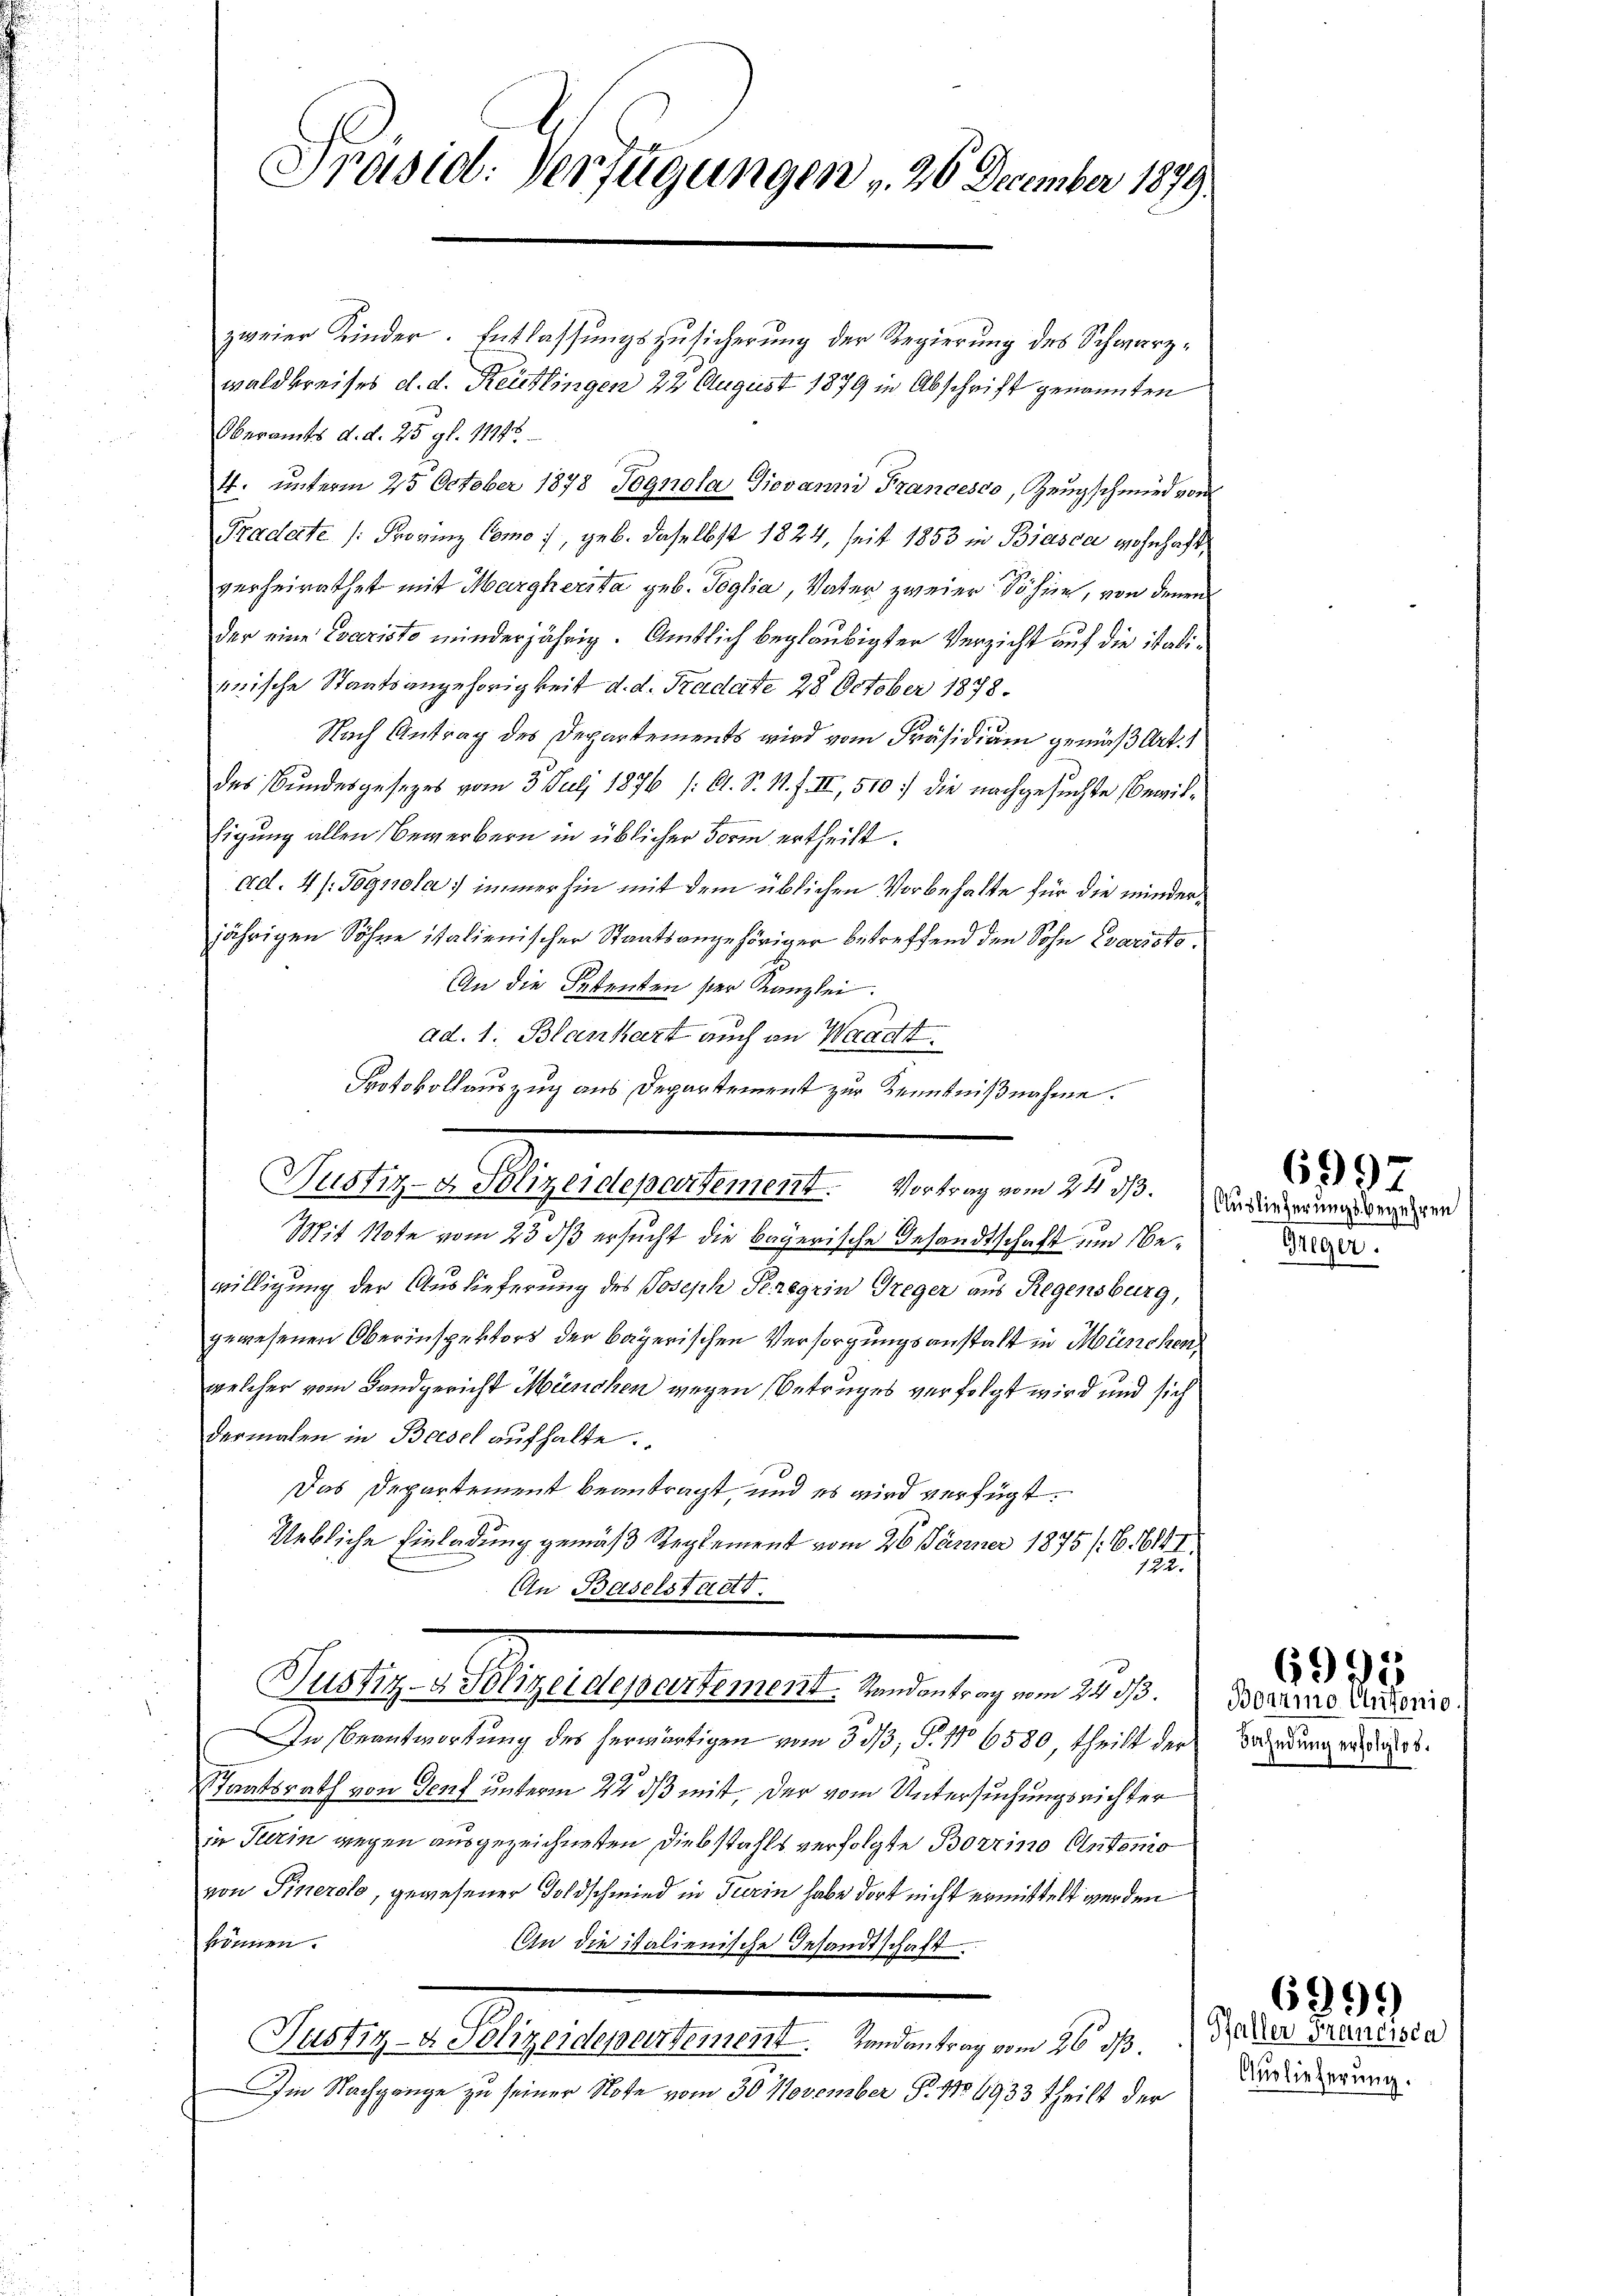
Präsid. Verfügungen , 26 December 1879.

zweier Kinder. Entlassungszusicherung der Regierung des Schwarzwald breises d. d. Reutlingen 22 August 1879 in Abschrift genannten
Oberamts d. d. 25. gl. 1114.
41. unterm 25 October 1878 Pognola Giovanni Francesco, Zeugschmied von
Pradate (: Provinz Como 7, geb. daselbst 1824, seit 1853 in Biasca wohnhaft,
verheirathet mit Margherita geb. Soglia, Vater zweier Söhne, von denen
der eine Evacristo minderjährig. Amtlich beglaubigter Verzicht auf die italimische Staatsangehörigkeit d. d. Stadate 28 October 1878.
Nach Antrag des Departements wird vom Präsidiam gemäß Art. 1
des Bundesgesezes vom 3. Juli 1876 /: A. S. M. f. II, 510. die nachgesuchte Bewilsigung allen Bewerbern in üblicher Form ertheilt.
ad. 4 /: Pognola immerhin mit dem üblichen Vorbehalte für die minderjährigen Söhne italienischer Staatsangehöriger betreffend den Sohn Evaristo¬
An die Petenten der Kanzlei.
ad. 1. Blankart auch an Waadt.
Mit Note vom 23 dß ersucht die bayerische Gesandtschaft und Bewilligung der Auslieferung des Joseph Seregrin Treger aus Regensburg,
gewesenen Oberinspektors der bayerischen Versorgungsanstalt in München,
welcher vom Landgericht München wegen Betruges verfolgt wird und sich
dermalen in Basel aufhalte.
Das Departement beantragt, und es wird verfügt:
Uebliche Einladung gemäß Reglement vom 26. Jänner 1875 /:6, 614 I.
122.
An Baselstadt.
Justiz- & Polizeidepartement. Standentrag vom 24 s. Bereine Unternis
In Beantwortung des herwärtigen vom 30/3, P. No 6580, theilt der
Staatsrath von Genf unterm 22. ds mit, der vom Untersuchungsrichter
in Turin gegen ausgezeichneten Diebstahls verfolgte Borrino Antonio
von Sinerolo, gewesener Goldschmied in Turin habe dort nicht ermittelt werden
können.
An die italienische Gesandtschaft
Justiz- & Polizeidepartement. Landantrag vom 26. ds. der Saalisie
Im Nachgange zu seiner Note vom 30. November P. No 6933 theilt der

Protokollauszug aus Departement zur Kenntnißnahme.
Justiz- & Polizeidepartement. Vortrag vom 24. ds. Anderungsbegehren

6997

Greger.

Fahndung erfolglos.

6995

Auslieferung.

6999